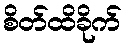
စိတ်ထိခိုက်